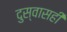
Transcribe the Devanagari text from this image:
दुस्वासही